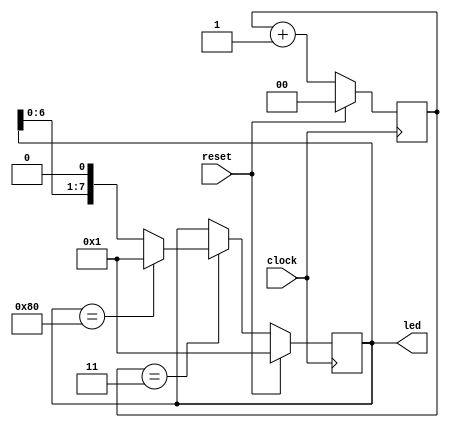
`timescale 1ns / 1ps
//////////////////////////////////////////////////////////////////////////////////
// Company: 
// Engineer: 
// 
// Design Name: 
// Module Name: flowing_light
// Project Name: 
// Target Devices: 
// Tool Versions: 
// Description: 
// 
// Dependencies: 
// 
// Revision:
// Revision 0.01 - File Created
// Additional Comments:
// 
//////////////////////////////////////////////////////////////////////////////////

module flowing_light(
    input clock,
    input reset,
    output [7 : 0] led
    );
    
    reg [1 : 0] cnt_reg;
    reg [7 : 0] light_reg;
    
    always @ (posedge clock)
        begin
            if (reset)
                cnt_reg <= 0;
            else
                cnt_reg <= cnt_reg + 1;
        end
    
    always @ (posedge clock)
        begin
            if (reset)
                light_reg <= 8'h01;
            else if (cnt_reg == 2'b11)//24'hffffff)
                begin
                    if (light_reg == 8'h80)
                        light_reg <= 8'h01;
                    else 
                        light_reg <= light_reg << 1;
                end
        end
    
    assign led = light_reg;
endmodule